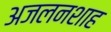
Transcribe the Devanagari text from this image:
अजलनशाह